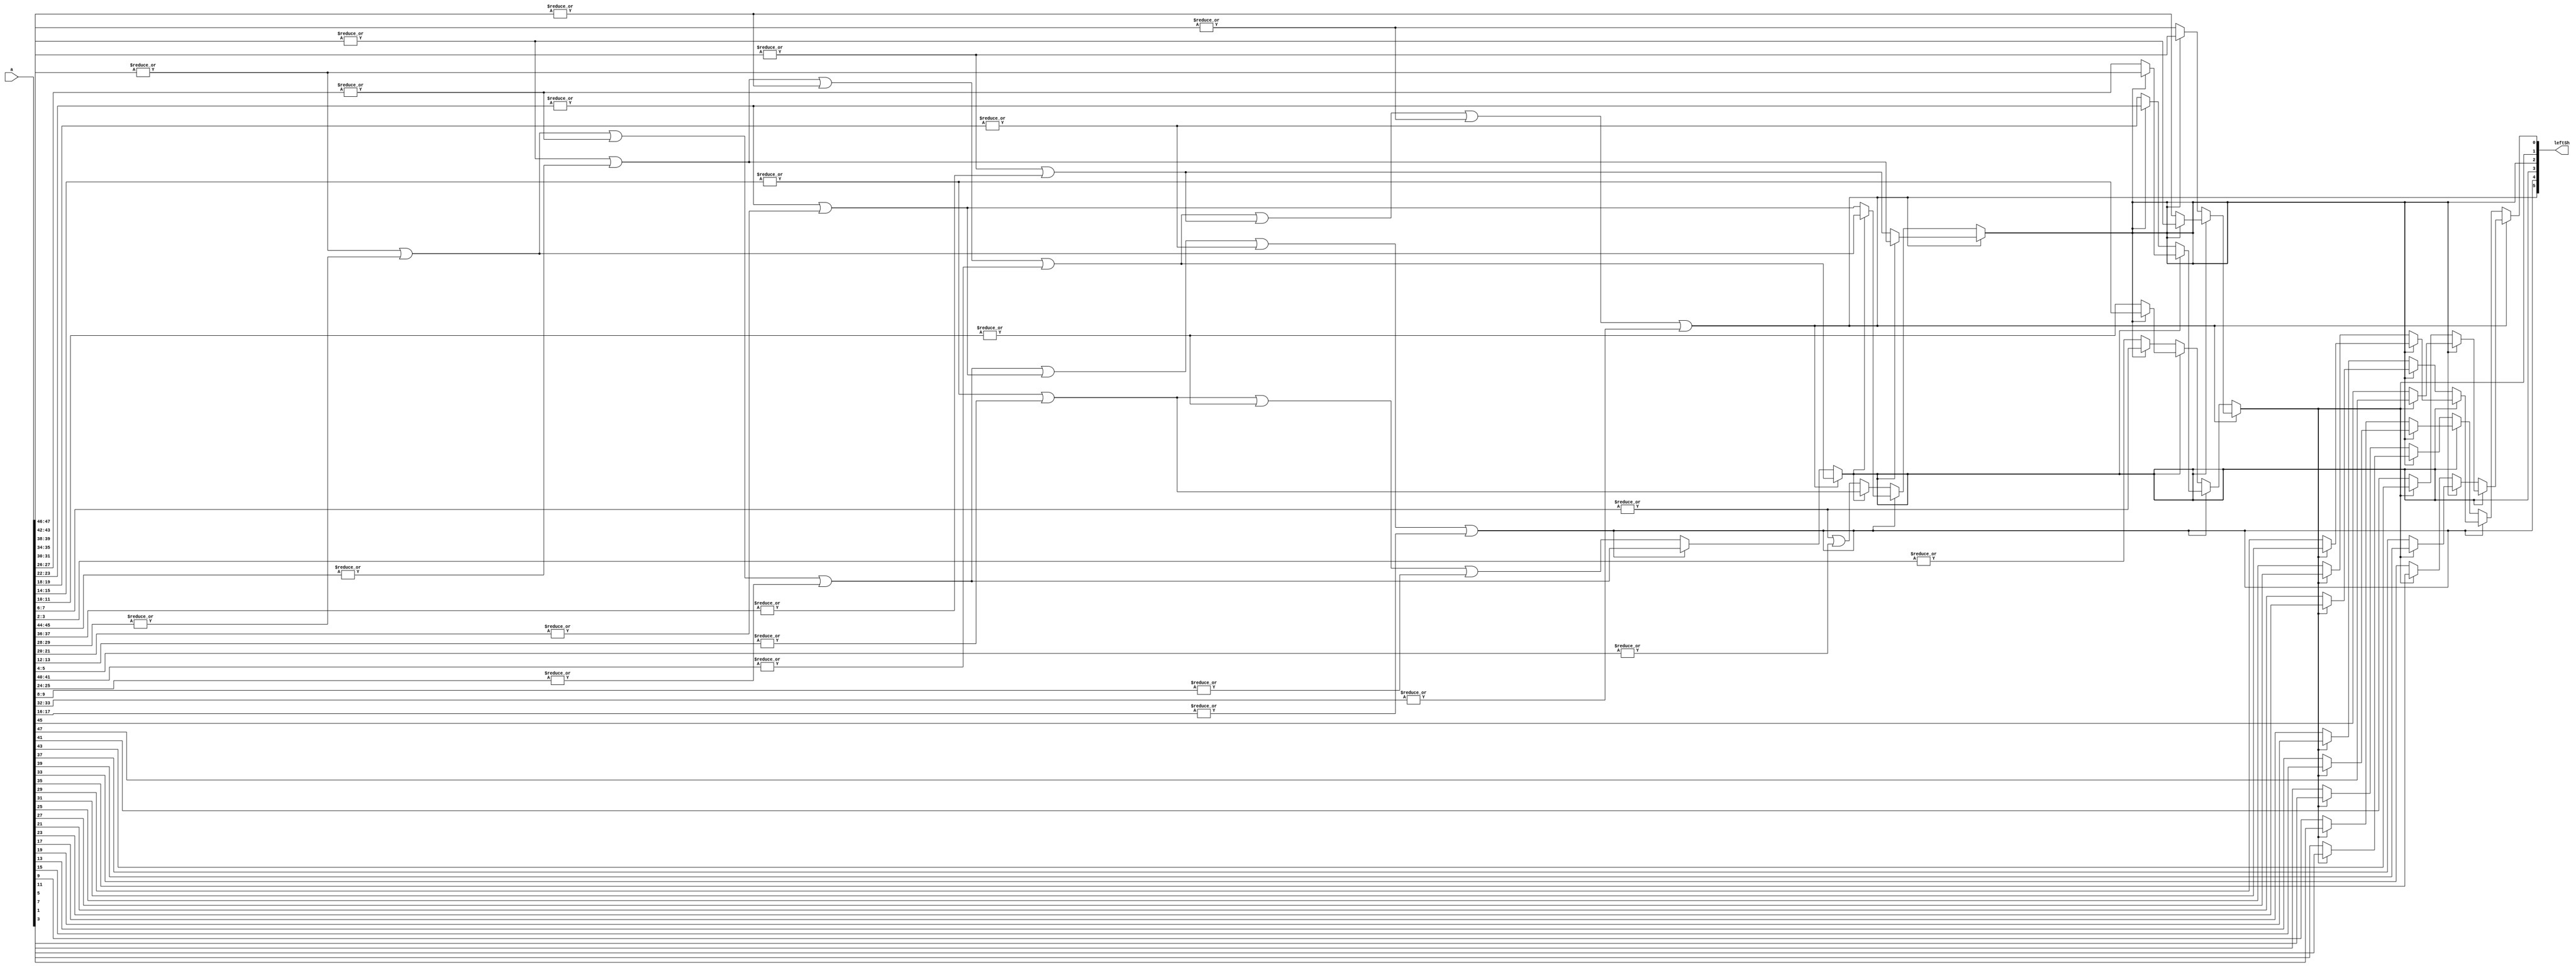
// Telecommunications Master Dissertation - Francis Fuentes 27-05-2021
// Outputs a unsigned number value equals to the first leftmost '1' position of the input value.

module HighestLeftBit48u(a, leftSh);

input	   [47:0] a;      // Input value.
output 	    [5:0] leftSh; // Bit position of the leftmost '1' in unsigned format. [47:0] format.

//       \                                                            a bit position
// leftSh | 47 46 45 44 43 42 41 40 39 38 37 36 35 34 33 32 31 30 29 28 27 26 25 24 23 22 21 20 19 18 17 16 15 14 13 12 11 10 09 08 07 06 05 04 03 02 01 00
// bit 0  | AA    BB    CC    DD    EE    FF    GG    HH    II    JJ    KK    LL    MM    NN    OO    PP    QQ    RR    SS    TT    UU    VV    WW    XX
// bit 1  | AA AA       BB BB       CC CC       DD DD       EE EE       FF FF       GG GG       HH HH       II II       JJ JJ       KK KK       LL LL
// bit 2  | AA AA AA AA             BB BB BB BB             CC CC CC CC             DD DD DD DD             EE EE EE EE             FF FF FF FF
// bit 3  | AA AA AA AA AA AA AA AA                         BB BB BB BB BB BB BB BB                         CC CC CC CC CC CC CC CC
// bit 4  |                                                 AA AA AA AA AA AA AA AA AA AA AA AA AA AA AA AA
// bit 5  | AA AA AA AA AA AA AA AA AA AA AA AA AA AA AA AA 
//

// Wiring used to lower the resources required at the synthesization.
wire a4746, a4342, a3938, a3534, a3130, a2726, a2322, a1918, a1514, a1110, a0706, a0302;

assign a4746 = |a[47:46];
assign a4342 = |a[43:42];
assign a3938 = |a[39:38];
assign a3534 = |a[35:34];
assign a3130 = |a[31:30];
assign a2726 = |a[27:26];
assign a2322 = |a[23:22];
assign a1918 = |a[19:18];
assign a1514 = |a[15:14];
assign a1110 = |a[11:10];
assign a0706 = |a[7:6];
assign a0302 = |a[3:2];

wire a4744, a3936, a3128, a2320, a1512, a0704;

assign a4744 = a4746 | |a[45:44];
assign a3936 = a3938 | |a[37:36];
assign a3128 = a3130 | |a[29:28];
assign a2320 = a2322 | |a[21:20];
assign a1512 = a1514 | |a[13:12];
assign a0704 = a0706 | |a[5:4];

wire a4740, a3124, a1508;

assign a4740 = a4744 | a4342 | |a[41:40];
assign a3124 = a3128 | a2726 | |a[25:24];
assign a1508 = a1512 | a1110 | |a[9:8];

wire a4732;

assign a4732 = a4740 | a3936 | a3534 | |a[33:32];


assign leftSh[5] = a4732;

assign leftSh[4] = a3124 | a2320 | a1918 | |a[17:16];

assign leftSh[3] = leftSh[5] ? a4740 :
                   leftSh[4] ? a3124 : a1508;

// leftSh | 47 46 45 44 43 42 41 40 39 38 37 36 35 34 33 32 31 30 29 28 27 26 25 24 23 22 21 20 19 18 17 16 15 14 13 12 11 10 09 08 07 06 05 04 03 02 01 00
// bit 2  | AA AA AA AA             BB BB BB BB             CC CC CC CC             DD DD DD DD             EE EE EE EE             FF FF FF FF
assign leftSh[2] = leftSh[5] 
                   ? leftSh[3] 
                     ? a4744
                     : a3936
                   : leftSh[4]
                     ? leftSh[3] 
                       ? a3128
                       : a2320
                     : leftSh[3] 
                       ? a1512 
                       : a0704;

// leftSh | 47 46 45 44 43 42 41 40 39 38 37 36 35 34 33 32 31 30 29 28 27 26 25 24 23 22 21 20 19 18 17 16 15 14 13 12 11 10 09 08 07 06 05 04 03 02 01 00
// bit 1  | AA AA       BB BB       CC CC       DD DD       EE EE       FF FF       GG GG       HH HH       II II       JJ JJ       KK KK       LL LL
assign leftSh[1] = leftSh[5]
                   ? leftSh[3]
                     ? leftSh[2]
                       ? a4746
                       : a4342
                     : leftSh[2]
                       ? a3938
                       : a3534
                   : leftSh[4] 
                     ? leftSh[3] 
                       ? leftSh[2] 
                         ? a3130
                         : a2726 
                       : leftSh[2] 
                         ? a2322
                         : a1918
                     : leftSh[3] 
                       ? leftSh[2] 
                         ? a1514
                         : a1110
                       : leftSh[2] 
                         ? a0706
                         : a0302;

// leftSh | 47 46 45 44 43 42 41 40 39 38 37 36 35 34 33 32 31 30 29 28 27 26 25 24 23 22 21 20 19 18 17 16 15 14 13 12 11 10 09 08 07 06 05 04 03 02 01 00
// bit 0  | AA    BB    CC    DD    EE    FF    GG    HH    II    JJ    KK    LL    MM    NN    OO    PP    QQ    RR    SS    TT    UU    VV    WW    XX
assign leftSh[0] = leftSh[5]
                   ? leftSh[3]
                     ? leftSh[2]
                       ? leftSh[1]
                         ? a[47]
                         : a[45]
                       : leftSh[1]
                         ? a[43]
                         : a[41]
                     : leftSh[2]
                       ? leftSh[1]
                         ? a[39]
                         : a[37]
                       : leftSh[1]
                         ? a[35]
                         : a[33]
                   : leftSh[4]
                     ? leftSh[3]
                       ? leftSh[2]
                         ? leftSh[1]
                           ? a[31]
                           : a[29]
                         : leftSh[1]
                           ? a[27]
                           : a[25]
                       : leftSh[2]
                         ? leftSh[1]
                           ? a[23]
                           : a[21]
                         : leftSh[1]
                           ? a[19]
                           : a[17]
                     : leftSh[3]
                       ? leftSh[2]
                         ? leftSh[1]
                           ? a[15]
                           : a[13]
                         : leftSh[1]
                           ? a[11]
                           : a[9]
                       : leftSh[2]
                         ? leftSh[1]
                           ? a[7]
                           : a[5]
                         : leftSh[1]
                           ? a[3]
                           : a[1];

endmodule